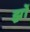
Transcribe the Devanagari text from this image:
झ़ों